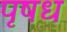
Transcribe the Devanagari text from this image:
पृषध